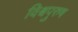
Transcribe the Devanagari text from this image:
विश्वपुरुष